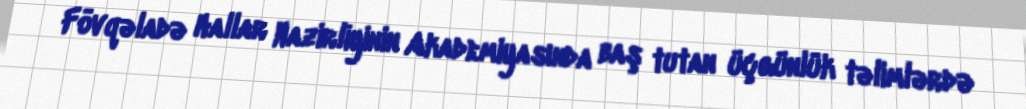
Fövqəladə Hallar Nazirliyinin Akademiyasında baş tutan üçgünlük təlimlərdə